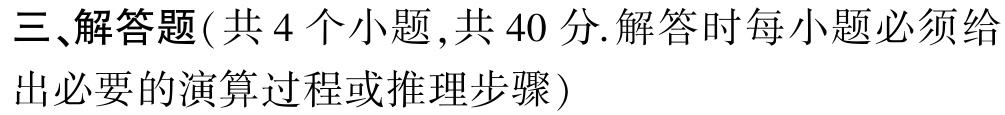
三、解答题(共 4 个小题 ,共 40 分.解答时每小题必须给出必要的演算过程或推理步骤)